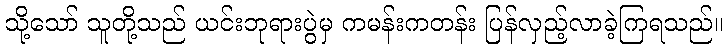
သို့သော် သူတို့သည် ယင်းဘုရားပွဲမှ ကမန်းကတန်း ပြန်လှည့်လာခဲ့ကြရသည်။